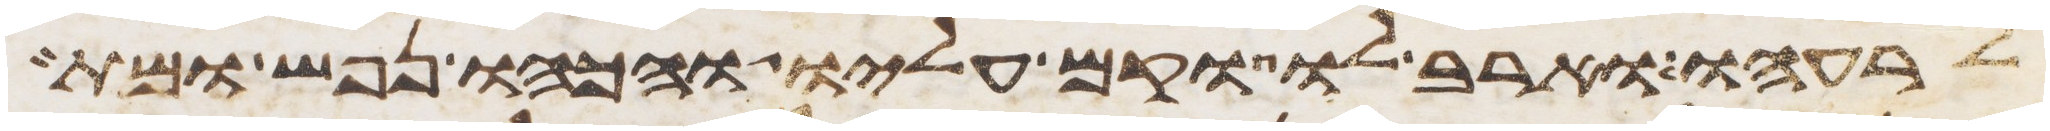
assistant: לרעהו וארב לו וקם עליו והכהו נפש ומת